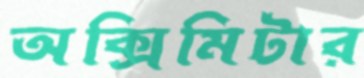
অক্সিমিটার